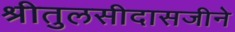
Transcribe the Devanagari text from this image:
श्रीतुलसीदासजीने